Vaccine operations Central Provinces 1868-1885 - 1868-1885
Year: 1868
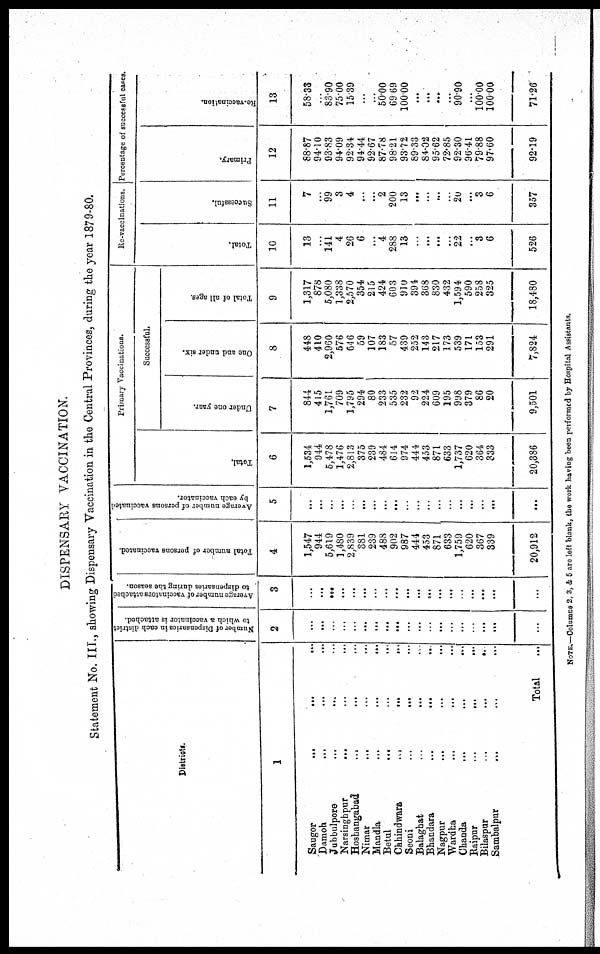
DISPENSARY VACCINATION.
Statement No. III., showing Dispensary Vaccination in the Central Provinces, during the year 1879-80.
Districts.
1
Saugor... ...
Damoh...
Jubbulpore... ...
Narsinghpur... ...
Hoshangabad... ...
Nimar... ...
Mandla... ...
Betul... ...
Chhindwara... ...
Seoni... ...
Balaghat... ...
Bhandara... ...
Nagpur... ...
Wardha... ...
Chanda... ...
Baipur... ...
Bilaspur... ...
Sambalpur... ...
...
...
...
...
...
...
...
...
...
...
...
...
...
...
...
...
...
...
...
...
...
...
...
...
...
...
...
...
...
...
...
...
...
...
...
...
Total...
Number of Dispensaries in each district
to which a vaccinator is attached.
2
...
...
...
...
...
...
...
...
...
...
...
...
...
...
...
...
...
...
...
Average number of vaccinators attached
to dispensaries during the season.
3
...
...
...
...
...
...
...
...
...
...
...
...
...
...
...
...
...
...
...
Total number of persons vaccinated.
4
1,547
944
5,619
1,480
2,839
381
239
488
902
987
444
453
871
633
1,759
620
367
339
20,912
Average number of persons vaccinated
by each vaccinator.
5
...
...
...
...
...
...
...
...
...
...
...
...
...
...
...
...
...
...
...
Primary Vaccinations.
Total.
6
1,534
944
5,478
1,476
2,813
375
239
484
614
974
444
453
871
633
1,737
620
364
333
20,386
Successful.
Under one year.
7
844
415
1,761
709
1,795
294
80
233
535
232
92
224
609
195
998
379
86
20
9,501
One and under six.
8
448
410
2,960
576
646
59
107
183
57
439
252
143
217
173
539
171
153
291
7,824
Total of all ages.
9
1,317
878
5,080
1,338
2,570
354
215
424
603
910
394
368
830
432
1,594
590
258
325
18,480
Re-vaccinations.
Total.
10
13
...
141
4
26
6
...
4
288
13
...
...
...
...
22
...
3
6
526
Successful.
11
7
...
99
3
4
...
...
2
200
13
...
...
...
...
20
...
3
6
357
Percentage of successful cases.
Primary.
12
88.87
94.10
93.83
94.09
92.34
94.44
92.67
87.78
98.21
93.72
89.33
84.02
95.62
72.85
92.30
96.41
79.88
97.60
92.19
Re-vaccination.
13
58.33
...
83.90
75.00
15.39
...
...
50.00
69.69
100.00
...
...
...
...
90.90
...
100.00
100.00
71.26
NOTE—Columns 2, 3, & 5 are left blank, the work having been performed by Hospital Assistants.